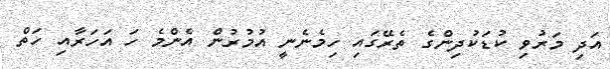
އަދި މަރުވި ކުޑަކުދިންގެ ތެރޭގައި ހިމެނެނީ އުމުރުން އެންމެ ހަ އަހަރާއި ހަތް